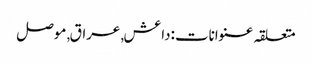
متعلقہ عنوانات‬:داعش, عراق, موصل